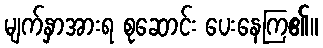
မျက်နှာအားရ စုဆောင်း ပေးနေကြ၏။